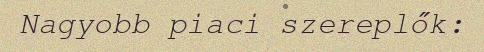
Nagyobb piaci szereplők: